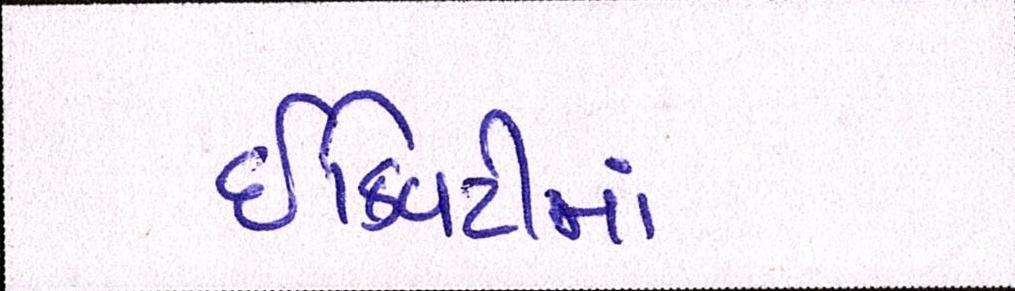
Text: ઇક્વિટીમાં